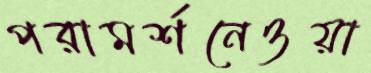
পরামর্শনেওয়া